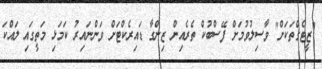
"ޒީޓެގްތަކަށް" ވާސިލުވުމަށް ފޭސްބުކް ތެރެއިން ޒިންގާ ޑައިރެކްޓަށް ވަންނައިރު ކަމަޅި މަތީގައި ލައްކަ